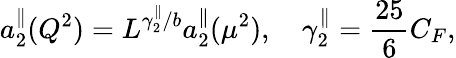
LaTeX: a_{2}^{\parallel}(Q^{2})=L^{\gamma_{2}^{\parallel}/b}a_{2}^{\parallel}(\mu^{2}),~~~~\gamma_{2}^{\parallel}=\frac{25}{6}C_{F},